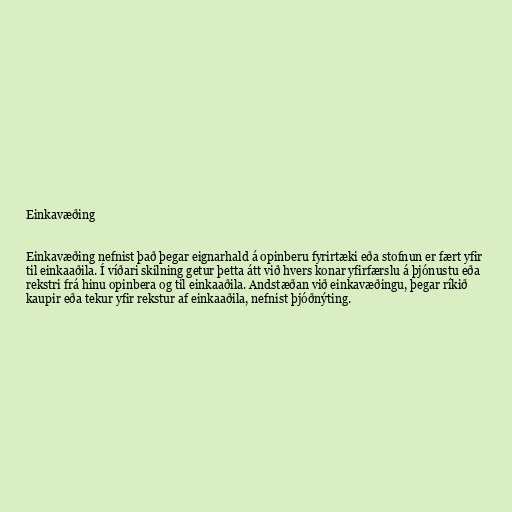
Einkavæðing

Einkavæðing nefnist það þegar eignarhald á opinberu fyrirtæki eða stofnun er fært yfir
til einkaaðila. Í víðari skilning getur þetta átt við hvers konar yfirfærslu á þjónustu eða
rekstri frá hinu opinbera og til einkaaðila. Andstæðan við einkavæðingu, þegar ríkið
kaupir eða tekur yfir rekstur af einkaaðila, nefnist þjóðnýting.